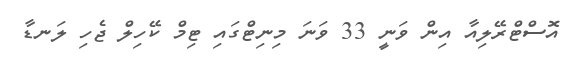
އޮސްޓްރޭލިއާ އިން ވަނީ 33 ވަނަ މިނިޓްގައި ޓިމް ކޭހިލް ޖެހި ލަނޑާ